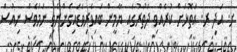
ށ. އަދި ރ. އަތޮޅަށް ކުރެއްވި ދަތުރުގައި ޔާމީން ބައިވެރިވަޑައިގެންނެވި ނަމަވެސް ނިއުސް